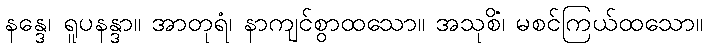
နန္ဒေ၊ ရူပနန္ဒာ။ အာတုရံ၊ နာကျင်စွာထသော။ အသုစိံ၊ မစင်ကြယ်ထသော။